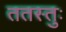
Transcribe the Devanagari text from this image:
ततस्तुः